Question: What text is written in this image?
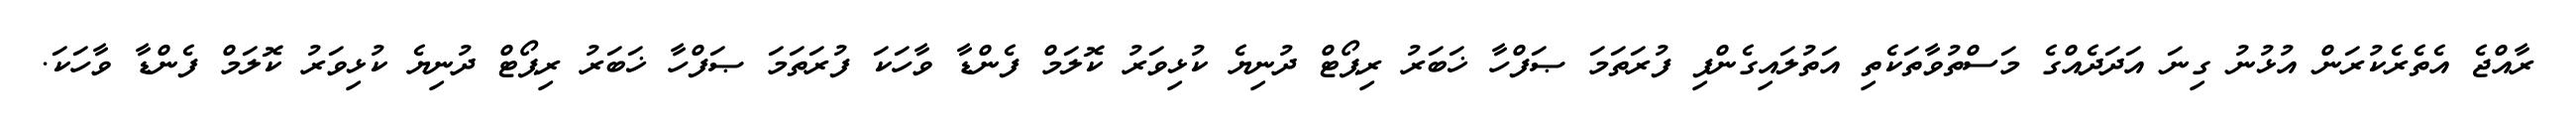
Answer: ރާއްޖެ އެތެރެކުރަން އުޅުނު ގިނަ އަދަދެއްގެ މަސްތުވާތަކެތި އަތުލައިގެންފި ފުރަތަމަ ޞަފްހާ ޚަބަރު ރިޕޯޓް ދުނިޔެ ކުޅިވަރު ކޮލަމް ފެންޑާ ވާހަކަ ފުރަތަމަ ޞަފްހާ ޚަބަރު ރިޕޯޓް ދުނިޔެ ކުޅިވަރު ކޮލަމް ފެންޑާ ވާހަކަ.